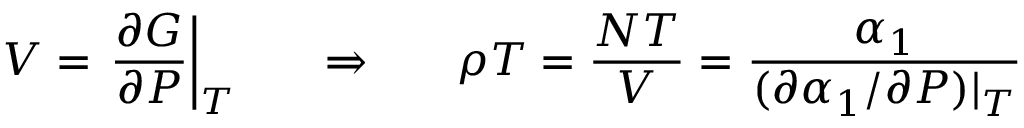
V = \left. \frac { \partial G } { \partial P } \right| _ { T } \ \ \ \ \ \Rightarrow \ \ \ \ \ \rho T = \frac { N T } { V } = \frac { \alpha _ { 1 } } { ( \partial \alpha _ { 1 } / \partial P ) | _ { T } }